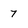
Character: 7